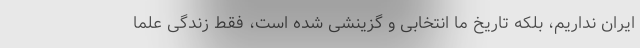
ایران نداریم، بلکه تاریخ ما انتخابی و گزینشی شده است، فقط زندگی علما